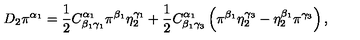
D _ { 2 } \pi ^ { \alpha _ { 1 } } = \frac 1 2 C _ { \beta _ { 1 } \gamma _ { 1 } } ^ { \alpha _ { 1 } } \pi ^ { \beta _ { 1 } } \eta _ { 2 } ^ { \gamma _ { 1 } } + \frac 1 2 C _ { \beta _ { 1 } \gamma _ { 3 } } ^ { \alpha _ { 1 } } \left( \pi ^ { \beta _ { 1 } } \eta _ { 2 } ^ { \gamma _ { 3 } } - \eta _ { 2 } ^ { \beta _ { 1 } } \pi ^ { \gamma _ { 3 } } \right) ,